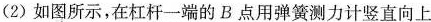
(2)如图所示，在杠杆一端的B点用弹簧测力计竖直向上